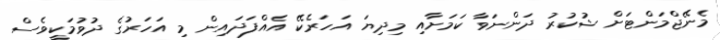
މެނޭޖްމަންޓަށް ޝުކުރު ދަންނަވާ ކަމަށާއި މިދިޔަ އަހަރެކޭ އެއްފަދައިން މި އަހަރުގެ ދުވުމަކީވެސް